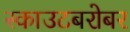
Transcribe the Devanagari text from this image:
स्काउटबरोबर